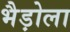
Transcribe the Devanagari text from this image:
भैड़ोला